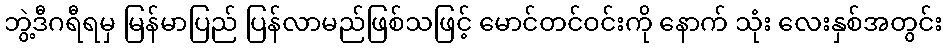
ဘွဲ့ဒီဂရီရမှ မြန်မာပြည် ပြန်လာမည်ဖြစ်သဖြင့် မောင်တင်ဝင်းကို နောက် သုံး လေးနှစ်အတွင်း